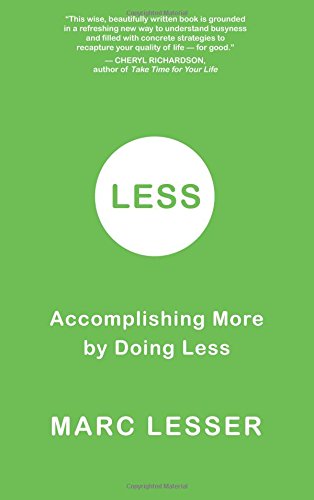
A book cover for Less: Accomplishing More by Doing Less; Marc Lesser; Self-Help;